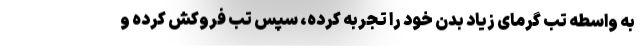
به واسطه تب گرمای زیاد بدن خود را تجربه کرده، سپس تب فروکش کرده و